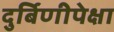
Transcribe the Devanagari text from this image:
दुर्बिणीपेक्षा